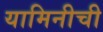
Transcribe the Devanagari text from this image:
यामिनीची